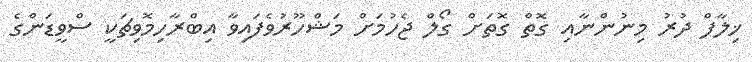
ޚިލާފް ދުރު މިނުންނާއި ގޮތް ގޮތަށް ގޯލް ޖެހުމަށް މަޝްހޫރުވެފައިވާ އިބްރާހިމޮވިޗަކީ ސްވީޑަންގެ